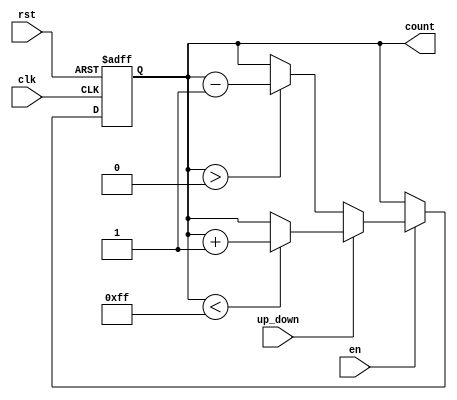
module up_down_counter (
    input wire clk,          // Clock signal
    input wire rst,          // Reset signal (active high)
    input wire en,           // Enable signal (active high)
    input wire up_down,      // Up/Down control signal (1 for up, 0 for down)
    output reg [7:0] count   // Current count value (8-bit wide, adjust as needed)
);

    // Parameter for maximum count value (for overflow handling)
    parameter MAX_COUNT = 8'hFF; // 255 for 8-bit counter

    // Synchronous process for counting
    always @(posedge clk or posedge rst) begin
        if (rst) begin
            // Reset count to zero
            count <= 8'b0;
        end else if (en) begin
            // Count Up or Down based on control signal
            if (up_down) begin
                // Increment count
                if (count < MAX_COUNT) begin
                    count <= count + 1'b1; // Increment
                end
            end else begin
                // Decrement count
                if (count > 0) begin
                    count <= count - 1'b1; // Decrement
                end
            end
        end
    end

endmodule